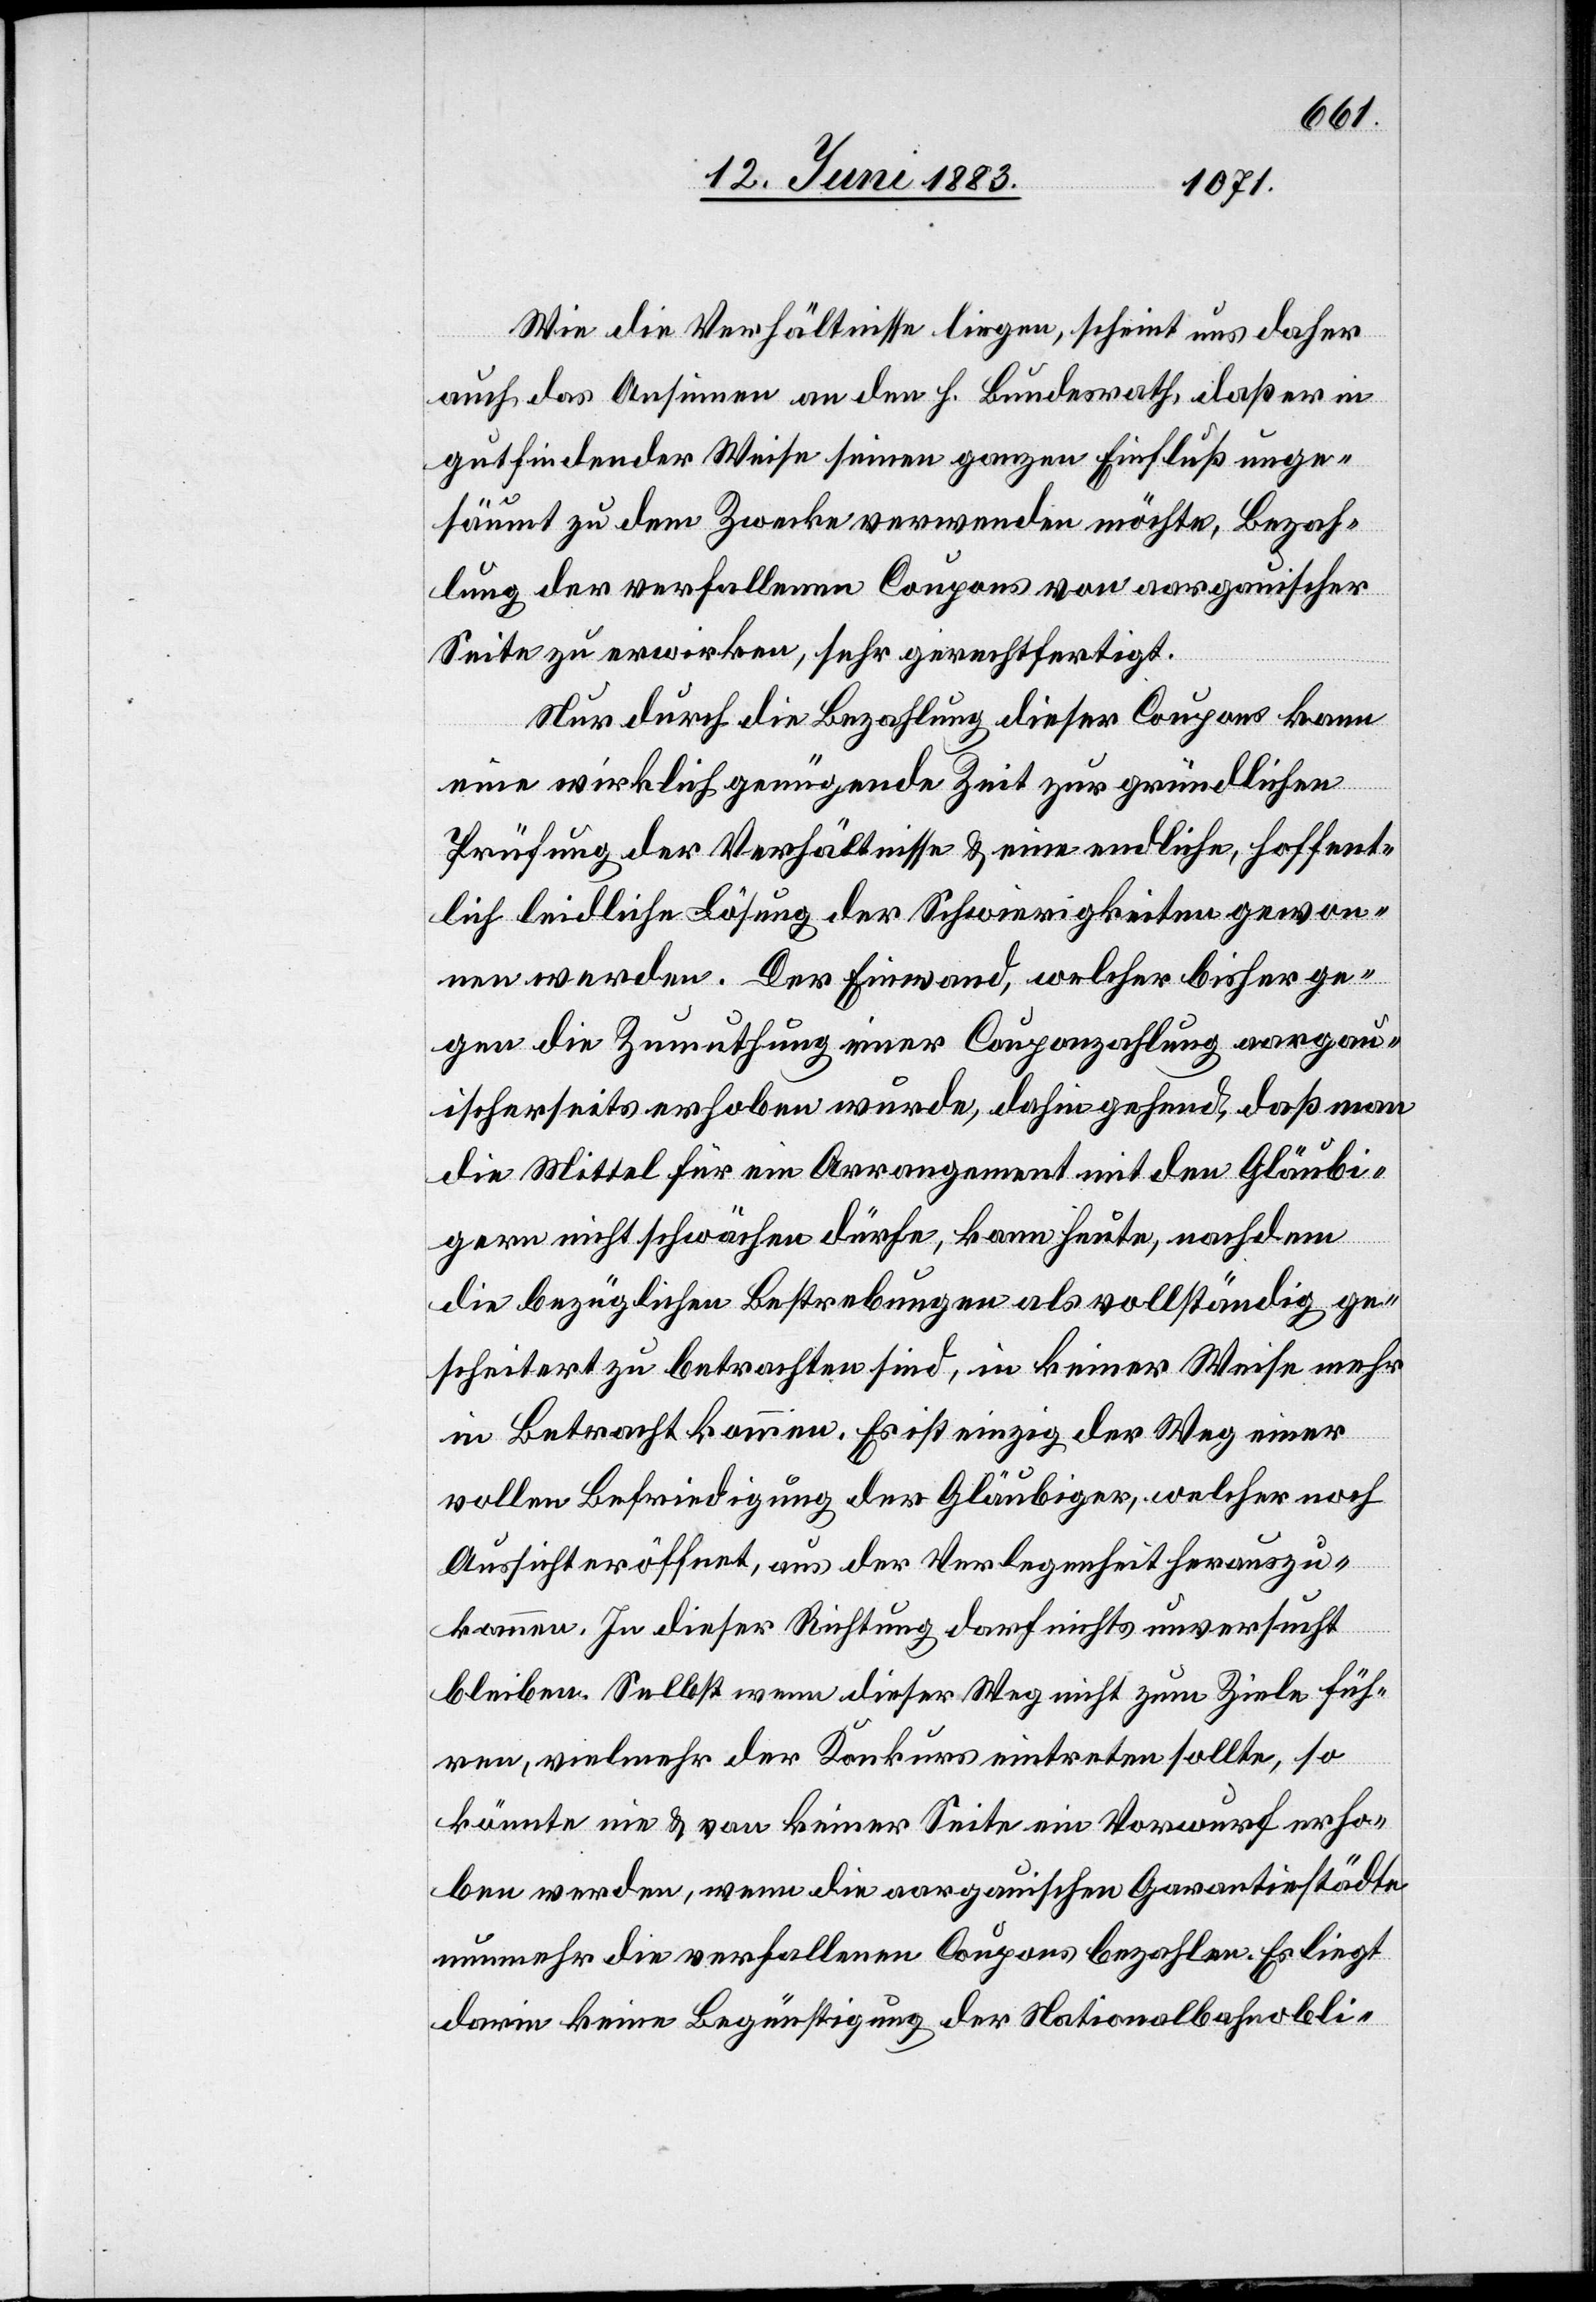
Wie die Verhältnisse liegen, scheint uns daher
auch das Ansinnen an den h. Bundesrath, daß er in
gutfindender Weise seien ganzen Einfluß unge¬
säumt zu dem Zwecke verwenden möchte, Bezah¬
lung der verfallenen Coupons von aargauischer
Seite zu erwirken, sehr gerechtfertigt.
Nur durch die Bezahlung dieser Coupons kann
eine wirklich genügende Zeit zur gründlichen
Prüfung der Verhältnisse & eine endliche, hoffent¬
lich leidliche Lösung der Schwierigkeiten gewon¬
nen werden. Der Einwand, welcher bisher ge¬
gen die Zumuthung einer Couponzahlung aargau¬
ischerseits erhoben wurde, dahin gehend, daß man
die Mittel für ein Arrangement mit den Gläubi¬
gern nicht schwächen dürfe, kann heute, nachdem
die bezüglichen Bestrebungen als vollständig ge¬
scheitert zu betrachten sind, in keiner Weise mehr
in Betracht kommen. Es ist einzig der Weg einer
vollen Befriedigung der Gläubiger, welcher noch
Aussicht eröffnet, aus der Verlegenheit herauszu¬
kommen. In dieser Richtung darf nichts unversucht
bleiben. Selbst wenn dieser Weg nicht zum Ziele füh¬
ren, vielmehr der Konkurs eintreten sollte, so
könnte nie & von keiner Seite ein Vorwurf erho¬
ben werden, wenn die aargauischen Garantiestädte
nunmehr die verfallenen Coupons bezahlen. Es liegt
darin keine Begünstigung der Nationalbahnobli-